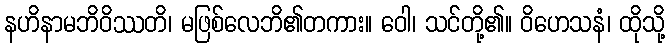
နဟိနာမဘိဝိဿတိ၊ မဖြစ်လေဘိ၏တကား။ ဝေါ၊ သင်တို့၏။ ဝိဟေသနံ၊ ထိုသို့